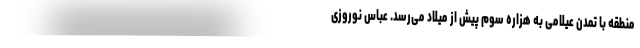
منطقه با تمدن عیلامی به هزاره سوم پیش از میلاد می‌رسد. عباس نوروزی